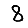
Digit: 8